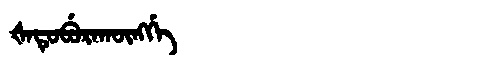
Manchu: ᡧᠠᡨᡠᠪᡠᡵᠠᡴᡡᠩᡤᡝ
Romanization: ŠATUBURAKŪNGGE